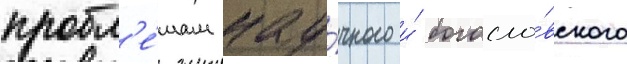
пробл'е́мам нау́чного и́ богосло́вского